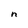
Character: n